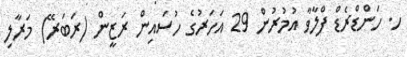
ހ. ހަންޑްރެޑް ފްލާވާ އުމުރުން 29 އަހަރުގެ ހުސައިން ރަޒީން (ރަބަރޭ) މަރާލި